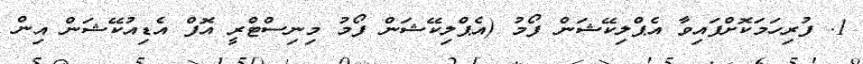
1. ފުރިހަމަކޮށްފައިވާ އެޕްލިކޭޝަން ފޯމު (އެޕްލިކޭޝަން ފޯމު މިނިސްޓްރީ އޮފް އެޑިއުކޭޝަން އިން